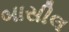
બાસીલ